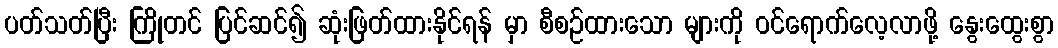
ပတ်သတ်ပြီး ကြိုတင် ပြင်ဆင်၍ ဆုံးဖြတ်ထားနိုင်ရန် မှာ စီစဉ်ထားသော များကို ဝင်ရောက်လေ့လာဖို့ နွေးထွေးစွာ